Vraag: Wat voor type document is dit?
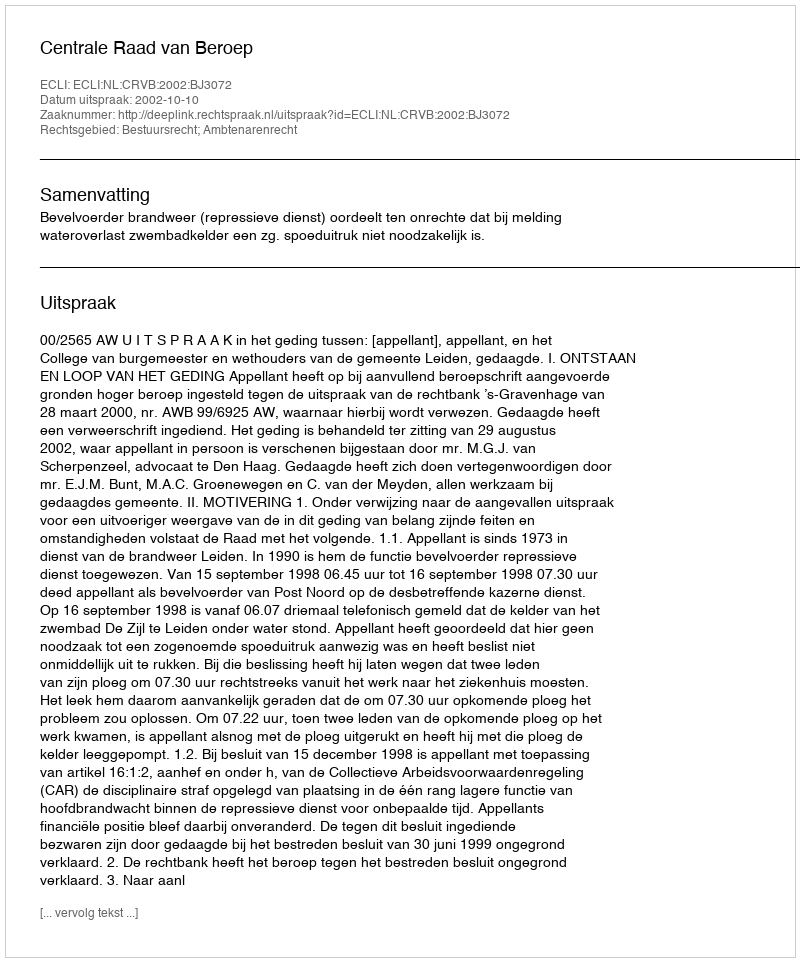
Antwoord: Uitspraak